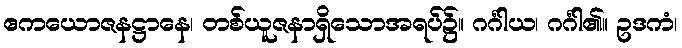
ဧကယောဇနဋ္ဌာနေ၊ တစ်ယူဇနာရှိသောအရပ်၌။ ဂင်္ဂါယ၊ ဂင်္ဂါ၏။ ဥဒကံ၊